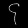
Digit: ၄